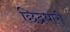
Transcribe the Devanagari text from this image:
छिद्रधारी